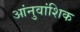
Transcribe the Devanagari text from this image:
आंनुवांशिक